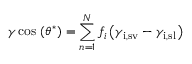
\gamma \cos \, \left( \theta ^ { * } \right) = \sum _ { n = 1 } ^ { N } f _ { i } \left( \gamma _ { \mathrm { i , s v } } - \gamma _ { \mathrm { i , s l } } \right)